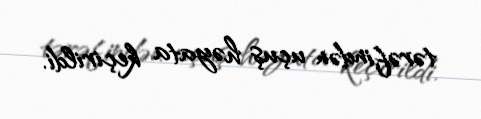
tərəfindən uçuş həyata keçirildi.